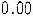
0.00